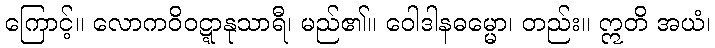
ကြောင့်။ လောကဝိဝဋ္ဋာနုသာရီ၊ မည်၏။ ဝေါဒါနဓမ္မော၊ တည်း။ ဣတိ အယံ၊